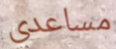
مساعدي